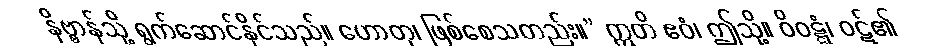
နိဗ္ဗာန်သို့ ရွက်ဆောင်နိုင်သည်။ ဟောတု၊ ဖြစ်စေသတည်း။” ဣတိ ဧဝံ၊ ဤသို့။ ဝိဝဋ္ဋံ၊ ဝဋ်၏